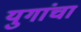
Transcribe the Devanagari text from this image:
युगांचा